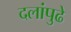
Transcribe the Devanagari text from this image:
दलांपुढे